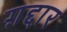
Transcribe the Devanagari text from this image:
ग़द्दार